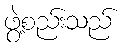
ဖွဲ့စည်းသည်